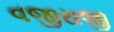
વજીરાજી